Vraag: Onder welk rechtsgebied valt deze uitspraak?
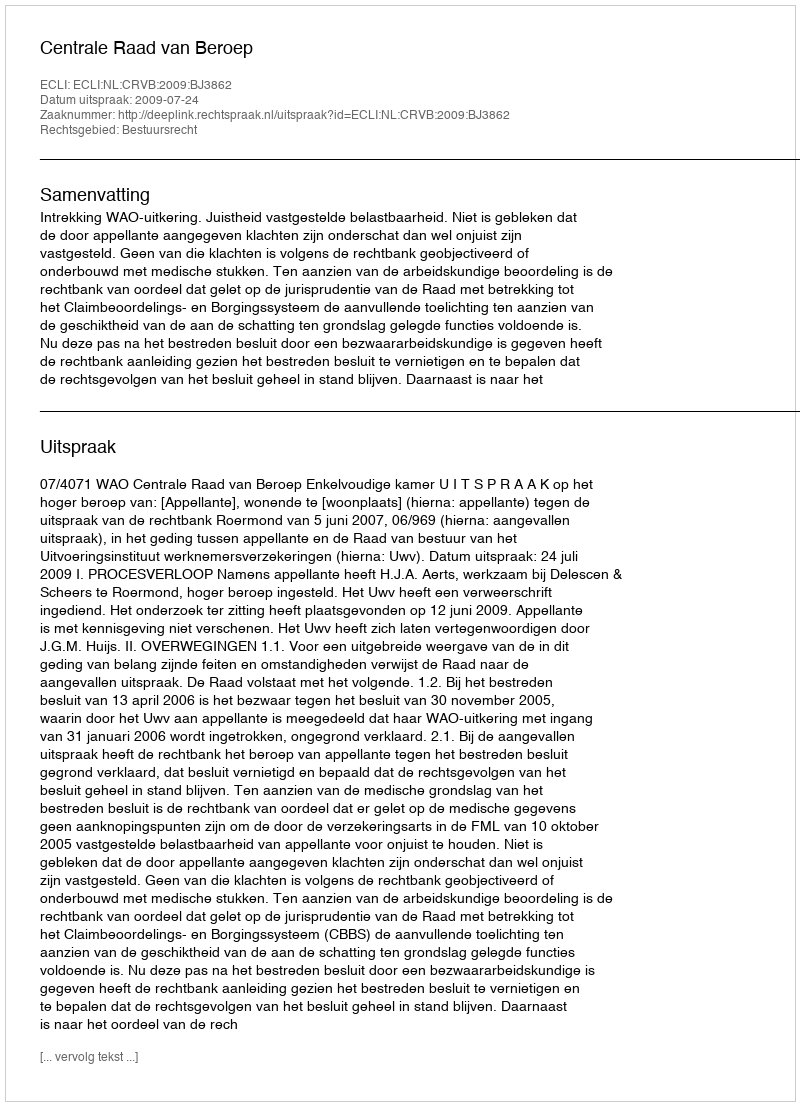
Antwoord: Bestuursrecht